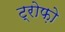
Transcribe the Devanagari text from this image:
ट्रोफ़ो